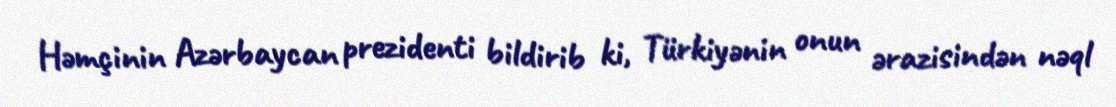
Həmçinin Azərbaycan prezidenti bildirib ki, Türkiyənin onun ərazisindən nəql